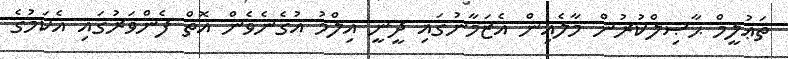
ތަޢުލީމް ޙާޞިލްކުރުން މާލެއިން އެޒަމާނުގައި ދީނީ އިލްމު އުގެނެވެން އޮތް ފެންވަރުގައި އެކަމުގެ